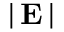
\left| \, \mathbf { E } \, \right|